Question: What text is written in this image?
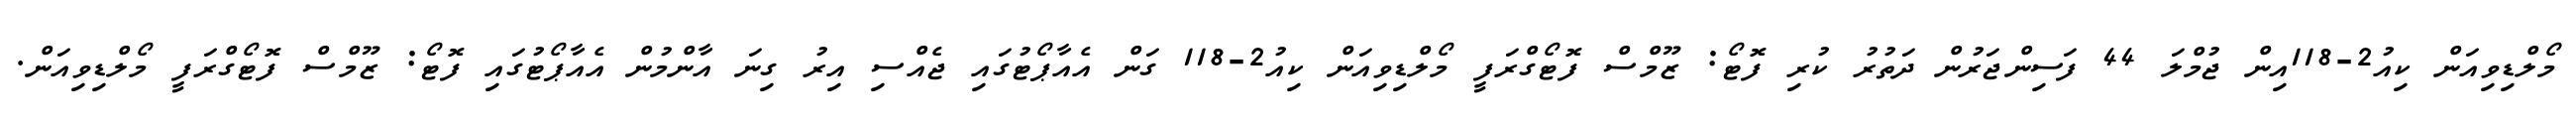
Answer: މޯލްޑިވިއަން ކިއު2-118އިން ޖުމްލަ 44 ފަސިންޖަރުން ދަތުރު ކުރި ފޮޓޯ: ޒޫމްސް ފޮޓޯގްރަފީ މޯލްޑިވިއަން ކިއު2-118 ގަން އެއާޕޯޓުގައި ޖެއްސި އިރު ގިނަ އާންމުން އެއާޕޯޓުގައި ފޮޓޯ: ޒޫމްސް ފޮޓޯގްރަފީ މޯލްޑިވިއަން.